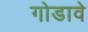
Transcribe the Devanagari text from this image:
गोडावे